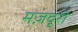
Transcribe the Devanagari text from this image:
मज़दूरो